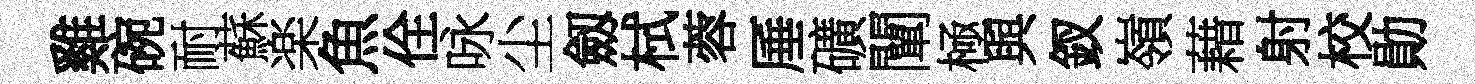
雞碗耐蘇楽魚佺咏尘劔栻蓉厜礦闡極與釵嶺藉射校勛